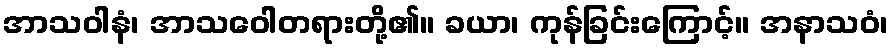
အာသဝါနံ၊ အာသဝေါတရားတို့၏။ ခယာ၊ ကုန်ခြင်းကြောင့်။ အနာသဝံ၊